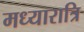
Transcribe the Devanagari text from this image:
मध्यारात्रि